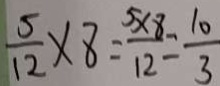
\frac { 5 } { 1 2 } \times 8 = \frac { 5 \times 8 } { 1 2 } = \frac { 1 0 } { 3 }